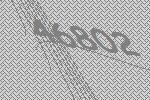
46802